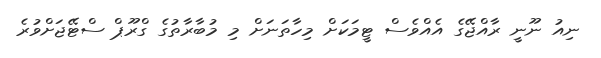
ނިއު ނޫނީ ރާއްޖޭގެ އެއްވެސް ޓީމަކަށް މިހާތަނަށް މި މުބާރާތުގެ ގްރޫޕް ސްޓޭޖަށްވުރެ